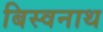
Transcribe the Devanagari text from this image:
बिस्वनाथ